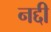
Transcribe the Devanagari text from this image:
नद्दी